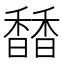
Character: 𩡐